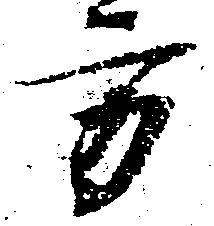
方